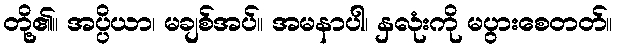
တို့၏။ အပ္ပိယာ၊ မချစ်အပ်။ အမနာပါ၊ နှလုံးကို မပွားစေတတ်။